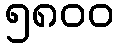
၅၈၀၀